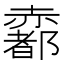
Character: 𧹼